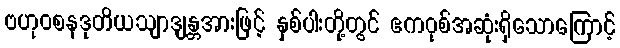
ဗဟုဝစနဒုတိယသျာဒျန္တအားဖြင့် နှစ်ပါးတို့တွင် ဧကဝုစ်အဆုံးရှိသောကြောင့်